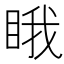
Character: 睋